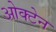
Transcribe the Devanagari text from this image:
ओक्टेन